Lunatic asylums Madras 1892-1911 - 1892-1911
Year: 1892
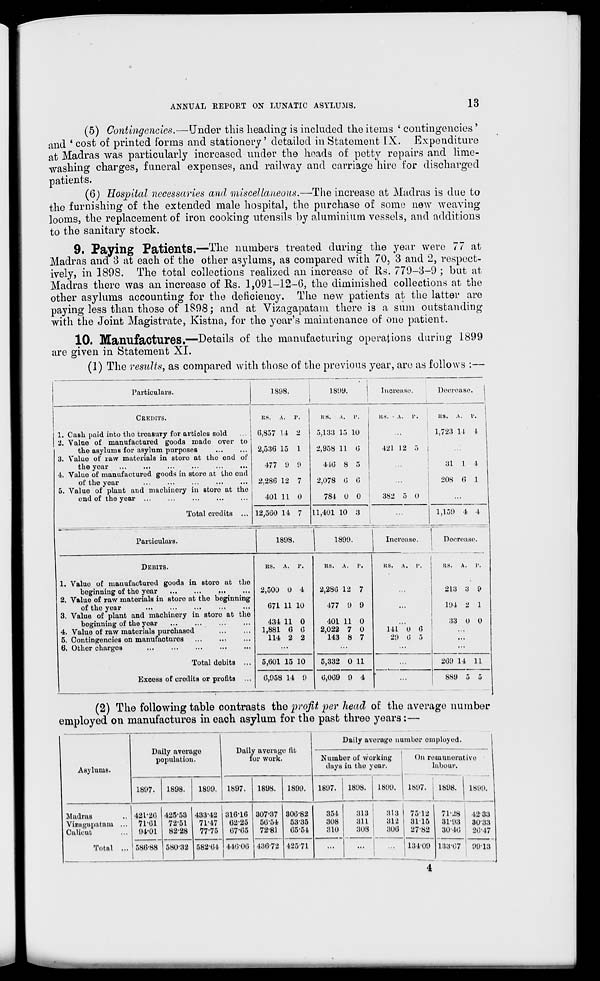
ANNUAL REPORT ON LUNATIC ASYLUMS.
13
(5) Contingencies.—Under this heading is included the items ' contingencies '
and * cost of printed forms and stationery' detailed in Statement IX. Expenditure
at Madras was particularly increased under the heads of petty repairs and lime-
washing charges, funeral expenses, and railway and carriage hire for discharged
patients.
(6) Hospital necessaries and miscellaneous.—•The increase at Madras is due to
the furnishing of the extended male hospital, the purchase of some new weaving
looms, the replacement of iron cooking utensils by aluminium vessels, and additions
to the sanitary stock.
9. Paying Patients.—The numbers treated during the year were 77 at
Madras and 3 at each of the other asylums, as compared with 70, 3 and 2, respect-
ively, in 189S. The total collections realized an increase of Rs. 779-3-9 ; but at
Madras there was an increase of Rs. 1,091-12-6, the diminished collections at the
other asylums accounting for the deficiency. The new patients at the latter are
paying less than those of 1898; and at Vizagapatam there is a sum outstanding
with the Joint Magistrate, Kistna, for the year's maintenance of one patient.
10. Manufactures.—Details of the manufacturing operations during 1899
are given in Statement XI.
(1) The results, as compared with those of the previous year, arc as follows :—
Particulars.
1898.
L899.
1 1 Increase.
Decrease.
1
CREDITS.
KS.
A.
p.
KS.
A.
p.
RS.
A.
1'.
US.
A.
1'.
1. Cash paid into the treasury for articles sold
0,857 14 2
5,133 15 10
1,723 11
1
2. Value of manufactured goods made over to
the asylums for asylum purposes
2,536 15 1
2,958 11 0
421 12 5
3. Value of raw materials in store at the end of
the year
477 9 9
410 8 5
31 1
1
4. Value of manufactured goods in store at the end
of the year
2,2SG 12 7
2,078 6 0
...
208 (5 1
5. Value of plant and machinery in store at the
end of the year ...
Total credits ...
401 11 0
784 U 0
382 5 0
...
12,500 14 7
11,401 10 3
1,15!) 4 4
Particulars.
1808.
1890.
Increase.
Decrease.
DEBITS.
1. Valuo of manufactured goods in store at the
beginning of the year
...
...
...
2. Value of raw materials in store at the beginning
of tho year
3. Value of plant and machinery in store at the
boginning of the year
4. Value of raw materials purchased
5. Contingencies on manufactures
...
..,
6. Other charges
Total dobits ,..
Excess of credits or profits ...
HS. A.
1'.
2,500 0 4
071 11 10
434 11 0
1,881 6 0
114 2 2
5,001 15 10
0,958 14 9
as. A. r.
2,280 12 7
477 0 9
401 11 0
2,022 7 0
143 8 7
5,332 0 11
0,009 9 4
RS. A.
I'.
Its.
A.
I
213 3 9
104 2 1
33 0 0
141 0 0
29 0 5
209 14 11
NS0
employed
(2) The following table contrasts tho profit per head of the average number
ed on manufactures in each asylum for the past three years:—
Asylums.
Daily average
popxilatiou.
1807.
1898.
1899.
Daily average fit
for work.
1897.
1898.
1899.
1807.
Daily average number employed.
Number of working
duys iu the yoar.
1898.
1800.
On remunerative
labour.
I
1807. i 1898.
L890.
-Madras
Vizagapatam
Calicut
Total
421-20
7101
94*01
425-53
72-51
82-28
433-42
71-47
77-75
31016
02-25
07-05
307-37
50'54
72-81
300-82
53-35
05-51
354
308
310
313
311
308
58(5-88 580-32 582-0 1 110-00 430-72 425-71
...
1
313 | 7512
312 | 3115
300
27-82
13409
71-28 4233
31-03 3033
30-10
20-47
183*07 90-13
4